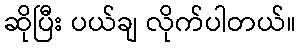
ဆိုပြီး ပယ်ချ လိုက်ပါတယ်။